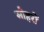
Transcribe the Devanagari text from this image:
सोहरों